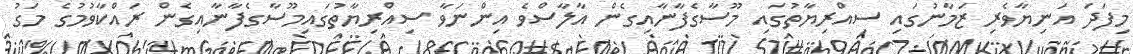
މިފަދަ އަނިޔާވެރި ޒަމާނުގައި ސިއްރިޔާތުގައި މޫސާގެފާނާއިގެން އާލާސްވެ އިންނަވާ ސިއްރިޔާތުގައިމޫސާގެފާނާއިގެން ރައްކާވުމުގެ މަގު